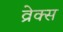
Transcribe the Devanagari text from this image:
व्रेक्स